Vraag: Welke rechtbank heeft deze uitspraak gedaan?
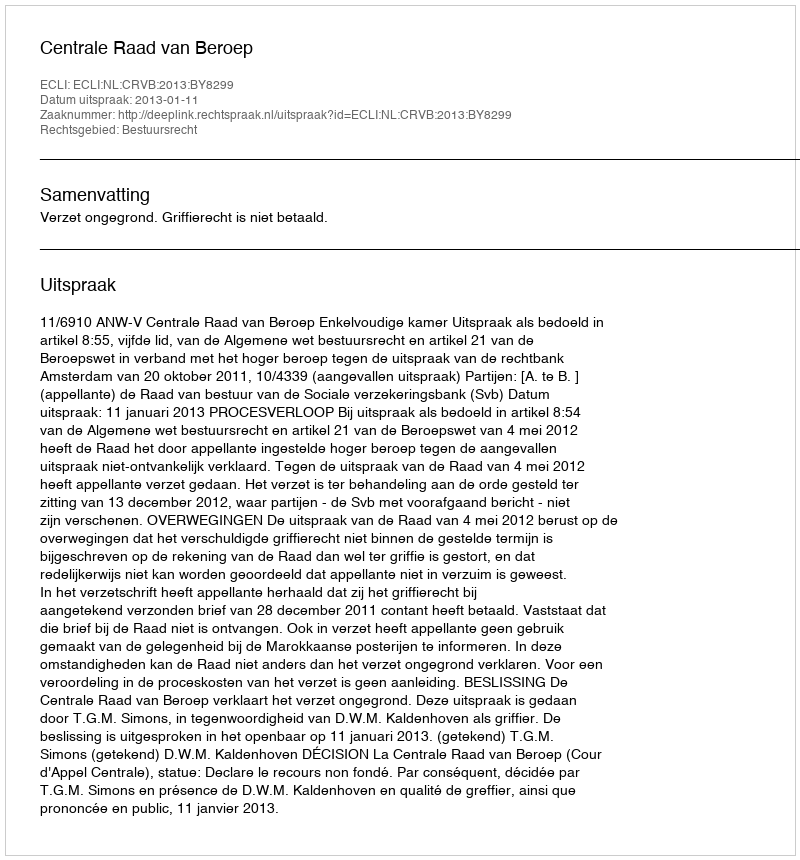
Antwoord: Centrale Raad van Beroep